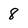
Character: 8